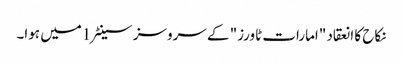
نکاح کا انعقاد "امارات ٹاورز" کے سروسز سینٹر 1میں ہوا۔